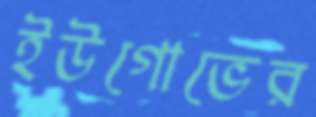
ইউগোভের